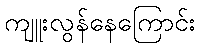
ကျူးလွန်နေကြောင်း